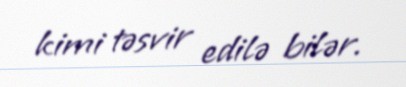
kimi təsvir edilə bilər.